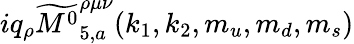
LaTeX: iq_{\rho}\widetilde{{M^{0}}}_{5,a}^{\rho\mu\nu}(k_{1},k_{2},m_{u},m_{d},m_{s})